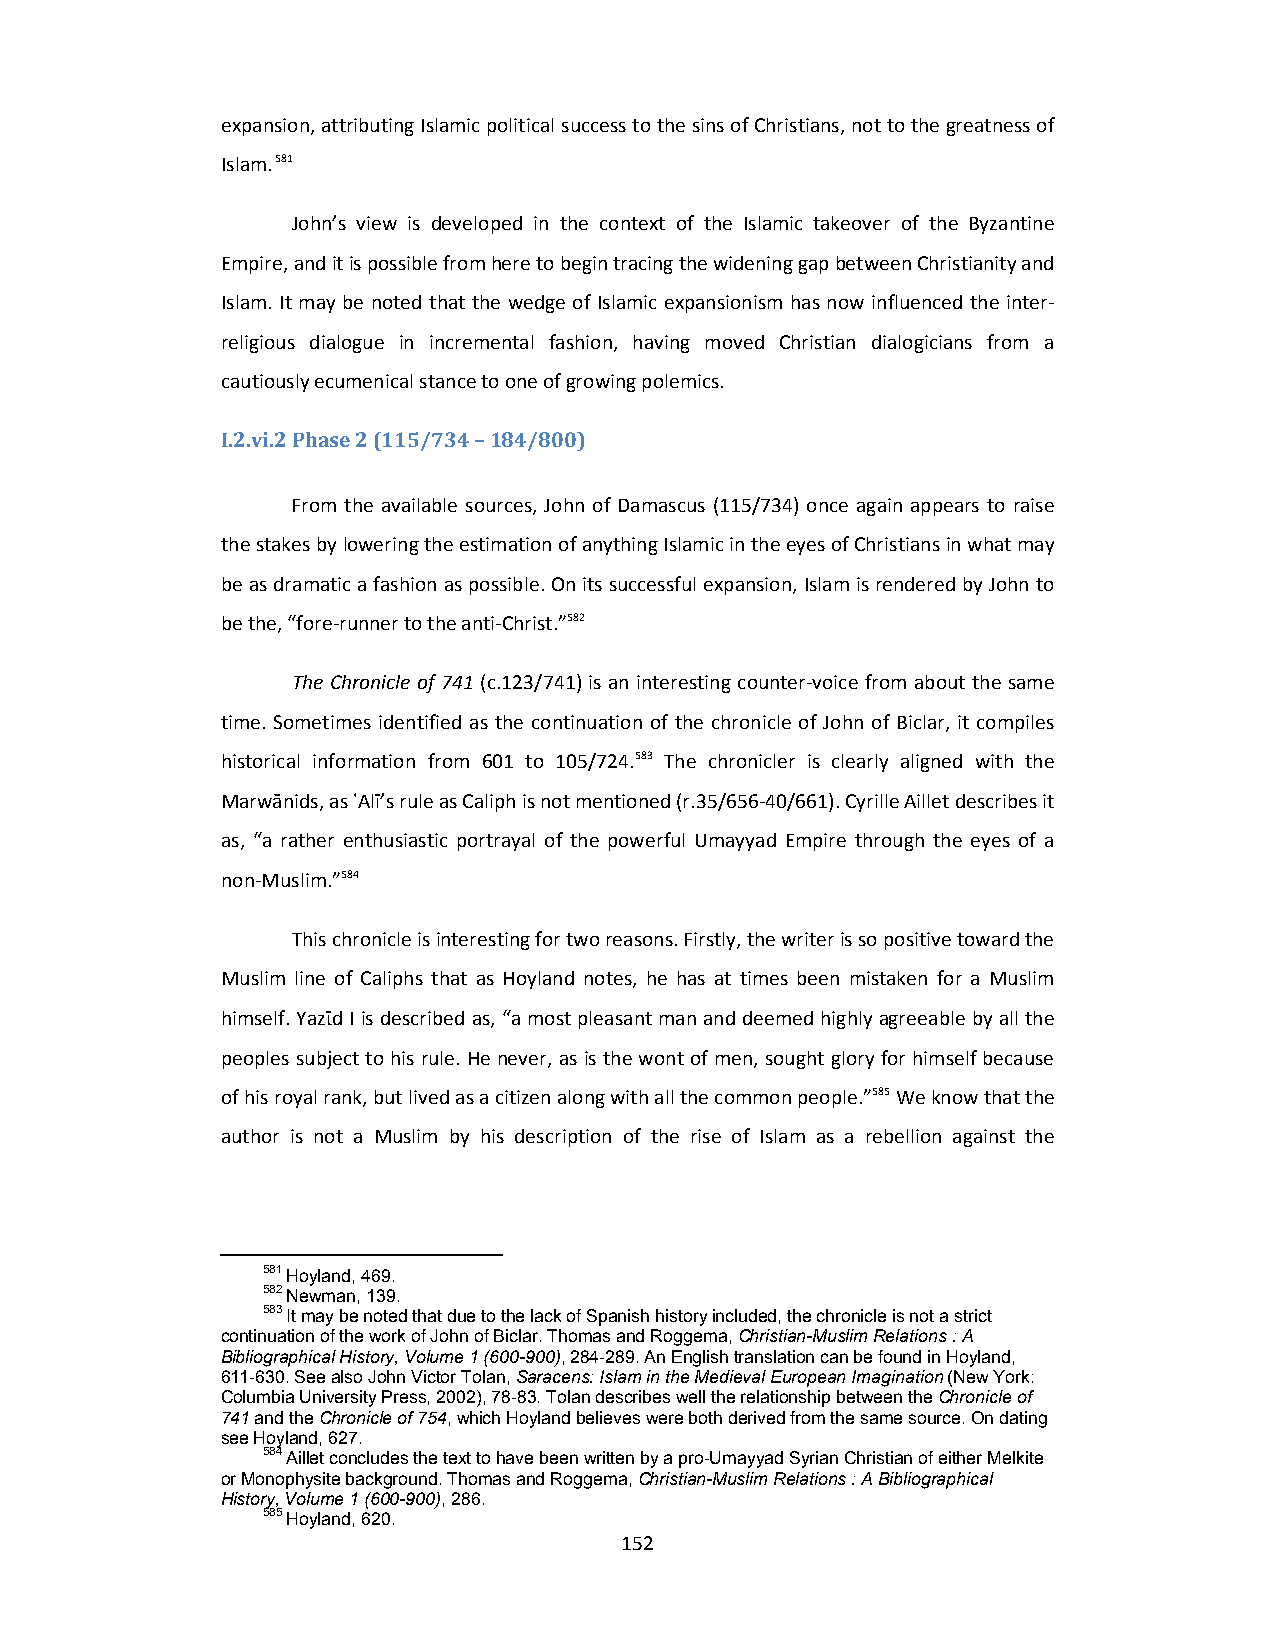
expansion, attributing Islamic political success to the sins of Christians, not to the greatness of
 Islam. 581
 John’s view is developed in the context of the Islamic takeover of the Byzantine
 Empire, and it is possible from here to begin tracing the widening gap between Christianity and
 Islam. It may be noted that the wedge of Islamic expansionism has now influenced the inter‐
 religious dialogue in incremental fashion, having moved Christian dialogicians from a
 cautiously ecumenical stance to one of growing polemics.
 I.2.vi.2 Phase 2 (115/734 – 184/800)
 From the available sources, John of Damascus (115/734) once again appears to raise
 the stakes by lowering the estimation of anything Islamic in the eyes of Christians in what may
 be as dramatic a fashion as possible. On its successful expansion, Islam is rendered by John to
 be the, “fore‐runner to the anti‐Christ.”582
 The Chronicle of 741 (c.123/741) is an interesting counter‐voice from about the same
 time. Sometimes identified as the continuation of the chronicle of John of Biclar, it compiles
 historical information from 601 to 105/724.583 The chronicler is clearly aligned with the
 Marwānids, as ʿAlī’s rule as Caliph is not mentioned (r.35/656‐40/661). Cyrille Aillet describes it
 as, “a rather enthusiastic portrayal of the powerful Umayyad Empire through the eyes of a
 non‐Muslim.”584
 This chronicle is interesting for two reasons. Firstly, the writer is so positive toward the
 Muslim line of Caliphs that as Hoyland notes, he has at times been mistaken for a Muslim
 himself. Yazῑd I is described as, “a most pleasant man and deemed highly agreeable by all the
 peoples subject to his rule. He never, as is the wont of men, sought glory for himself because
 of his royal rank, but lived as a citizen along with all the common people.”585 We know that the
 author is not a Muslim by his description of the rise of Islam as a rebellion against the
 581 Hoyland, 469.
 582 Newman, 139.
 583 It may be noted that due to the lack of Spanish history included, the chronicle is not a strict
 continuation of the work of John of Biclar. Thomas and Roggema, Christian-Muslim Relations : A
 Bibliographical History, Volume 1 (600-900), 284-289. An English translation can be found in Hoyland,
 611-630. See also John Victor Tolan, Saracens: Islam in the Medieval European Imagination (New York:
 Columbia University Press, 2002), 78-83. Tolan describes well the relationship between the Chronicle of
 741 and the Chronicle of 754, which Hoyland believes were both derived from the same source. On dating
 see Hoyland, 627.
 584 Aillet concludes the text to have been written by a pro-Umayyad Syrian Christian of either Melkite
 or Monophysite background. Thomas and Roggema, Christian-Muslim Relations : A Bibliographical
 History, Volume 1 (600-900), 286.
 585 Hoyland, 620.
 152